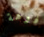
فوهة